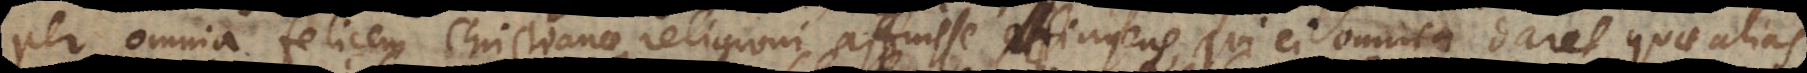
per omnia felicem Christianae religioni affuisse fingens, qui ei omnia daret, quae al